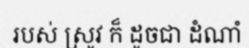
របស់ ស្រូវ ក៏ ដូចជា ដំណាំ